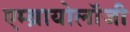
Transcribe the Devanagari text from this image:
एम्ब्रायोलॉजी